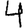
Digit: 4